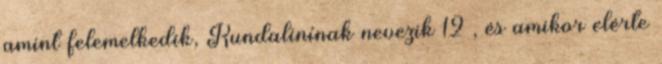
amint felemelkedik, Kundalinínak nevezik 12 , és amikor elérte